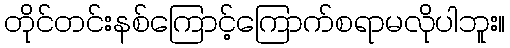
တိုင်တင်းနစ်ကြောင့်ကြောက်စရာမလိုပါဘူး။